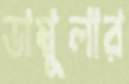
ডাম্বুলার